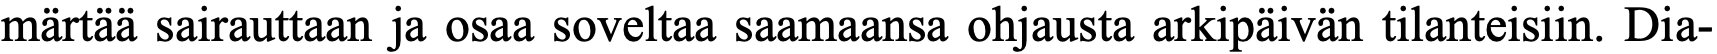
märtää sairauttaan ja osaa soveltaa saamaansa ohjausta arkipäivän tilanteisiin. Dia-